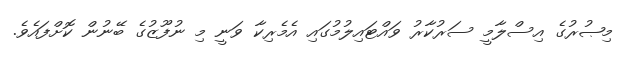
މިޞުރުގެ އިސްލާމީ ސަރުކާރު ވައްޓައިލުމުގައި އެމެރިކާ ވަނީ މި ނުފޫޒުގެ ބޭނުން ކޮށްފައެވެ.